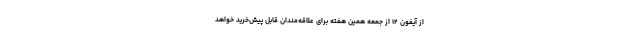
از آیفون ۱۲ از جمعه همین هفته برای علاقه‌مندان قابل پیش‌خرید خواهد